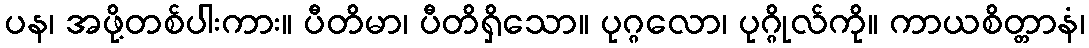
ပန၊ အဖို့တစ်ပါးကား။ ပီတိမာ၊ ပီတိရှိသော။ ပုဂ္ဂလော၊ ပုဂ္ဂိုလ်ကို။ ကာယစိတ္တာနံ၊